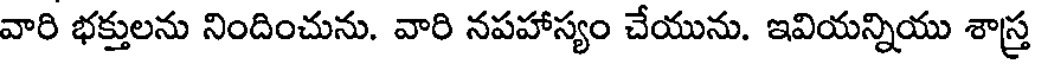
వారి భక్తులను నిందించును. వారి నపహాస్యం చేయును. ఇవియన్నియు శాస్త్ర